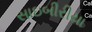
સાઇબીરીયા